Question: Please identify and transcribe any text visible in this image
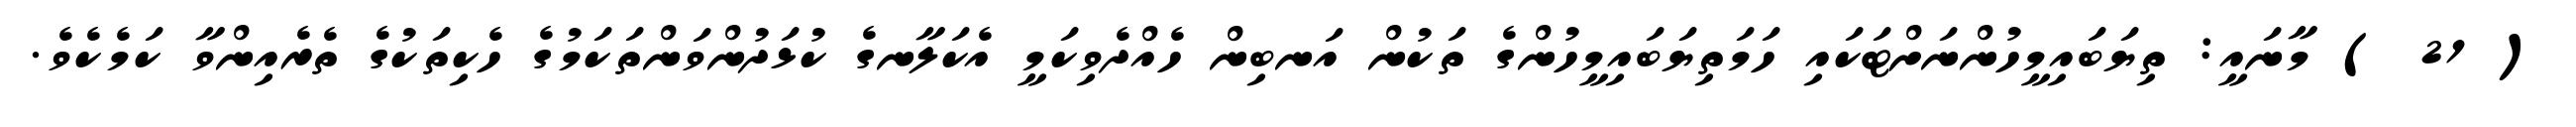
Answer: ( 21 ) މާނައީ: ތިޔަބައިމީހުންނަށްޓަކައި ހަމަތިޔަބައިމީހުންގެ ތަކުން އަނބިން ހެއްދެވިކަމީ އެކަލާނގެ ކުޅަދުންވަންތަކަމުގެ ހެކިތަކުގެ ތެރެއިންވާ ކަމެކެވެ.